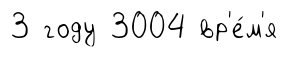
3 году 3004 вр'е́м'я